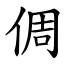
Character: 倜